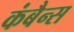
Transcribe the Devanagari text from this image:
कंबैन्स